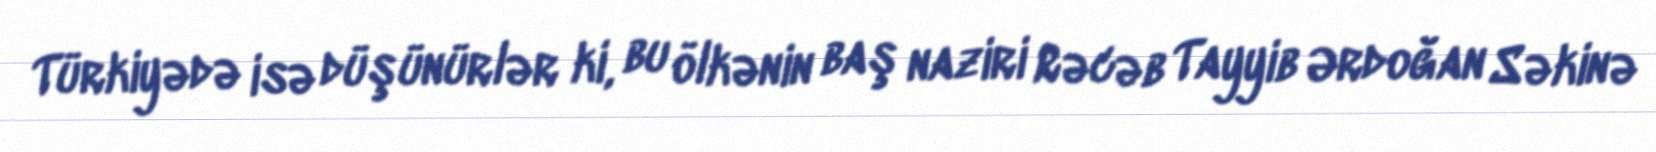
Türkiyədə isə düşünürlər ki, bu ölkənin baş naziri Rəcəb Tayyib Ərdoğan Səkinə